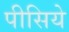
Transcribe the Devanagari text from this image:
पीसिये